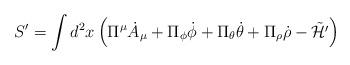
LaTeX: \begin{align*}S' = \int d^2x \left( \Pi^\mu {\dot A}_\mu + \Pi_\phi {\dot \phi} + \Pi_\theta {\dot \theta}+ \Pi_\rho {\dot \rho} - \tilde{\cal H'} \right)\end{align*}